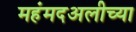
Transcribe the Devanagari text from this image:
महंमदअलीच्या